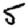
Digit: 5